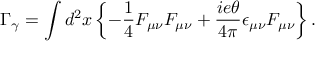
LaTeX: \Gamma _ { \gamma } = \int d ^ { 2 } x \left\{ - \frac { 1 } { 4 } F _ { \mu \nu } F _ { \mu \nu } + \frac { i e \theta } { 4 \pi } \epsilon _ { \mu \nu } F _ { \mu \nu } \right\} .